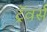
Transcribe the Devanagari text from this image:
ट्रॅवर्स